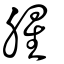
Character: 腥